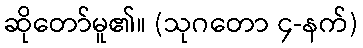
ဆိုတော်မူ၏။ (သုဂတော ၄-နက်)